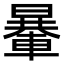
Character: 𨍯